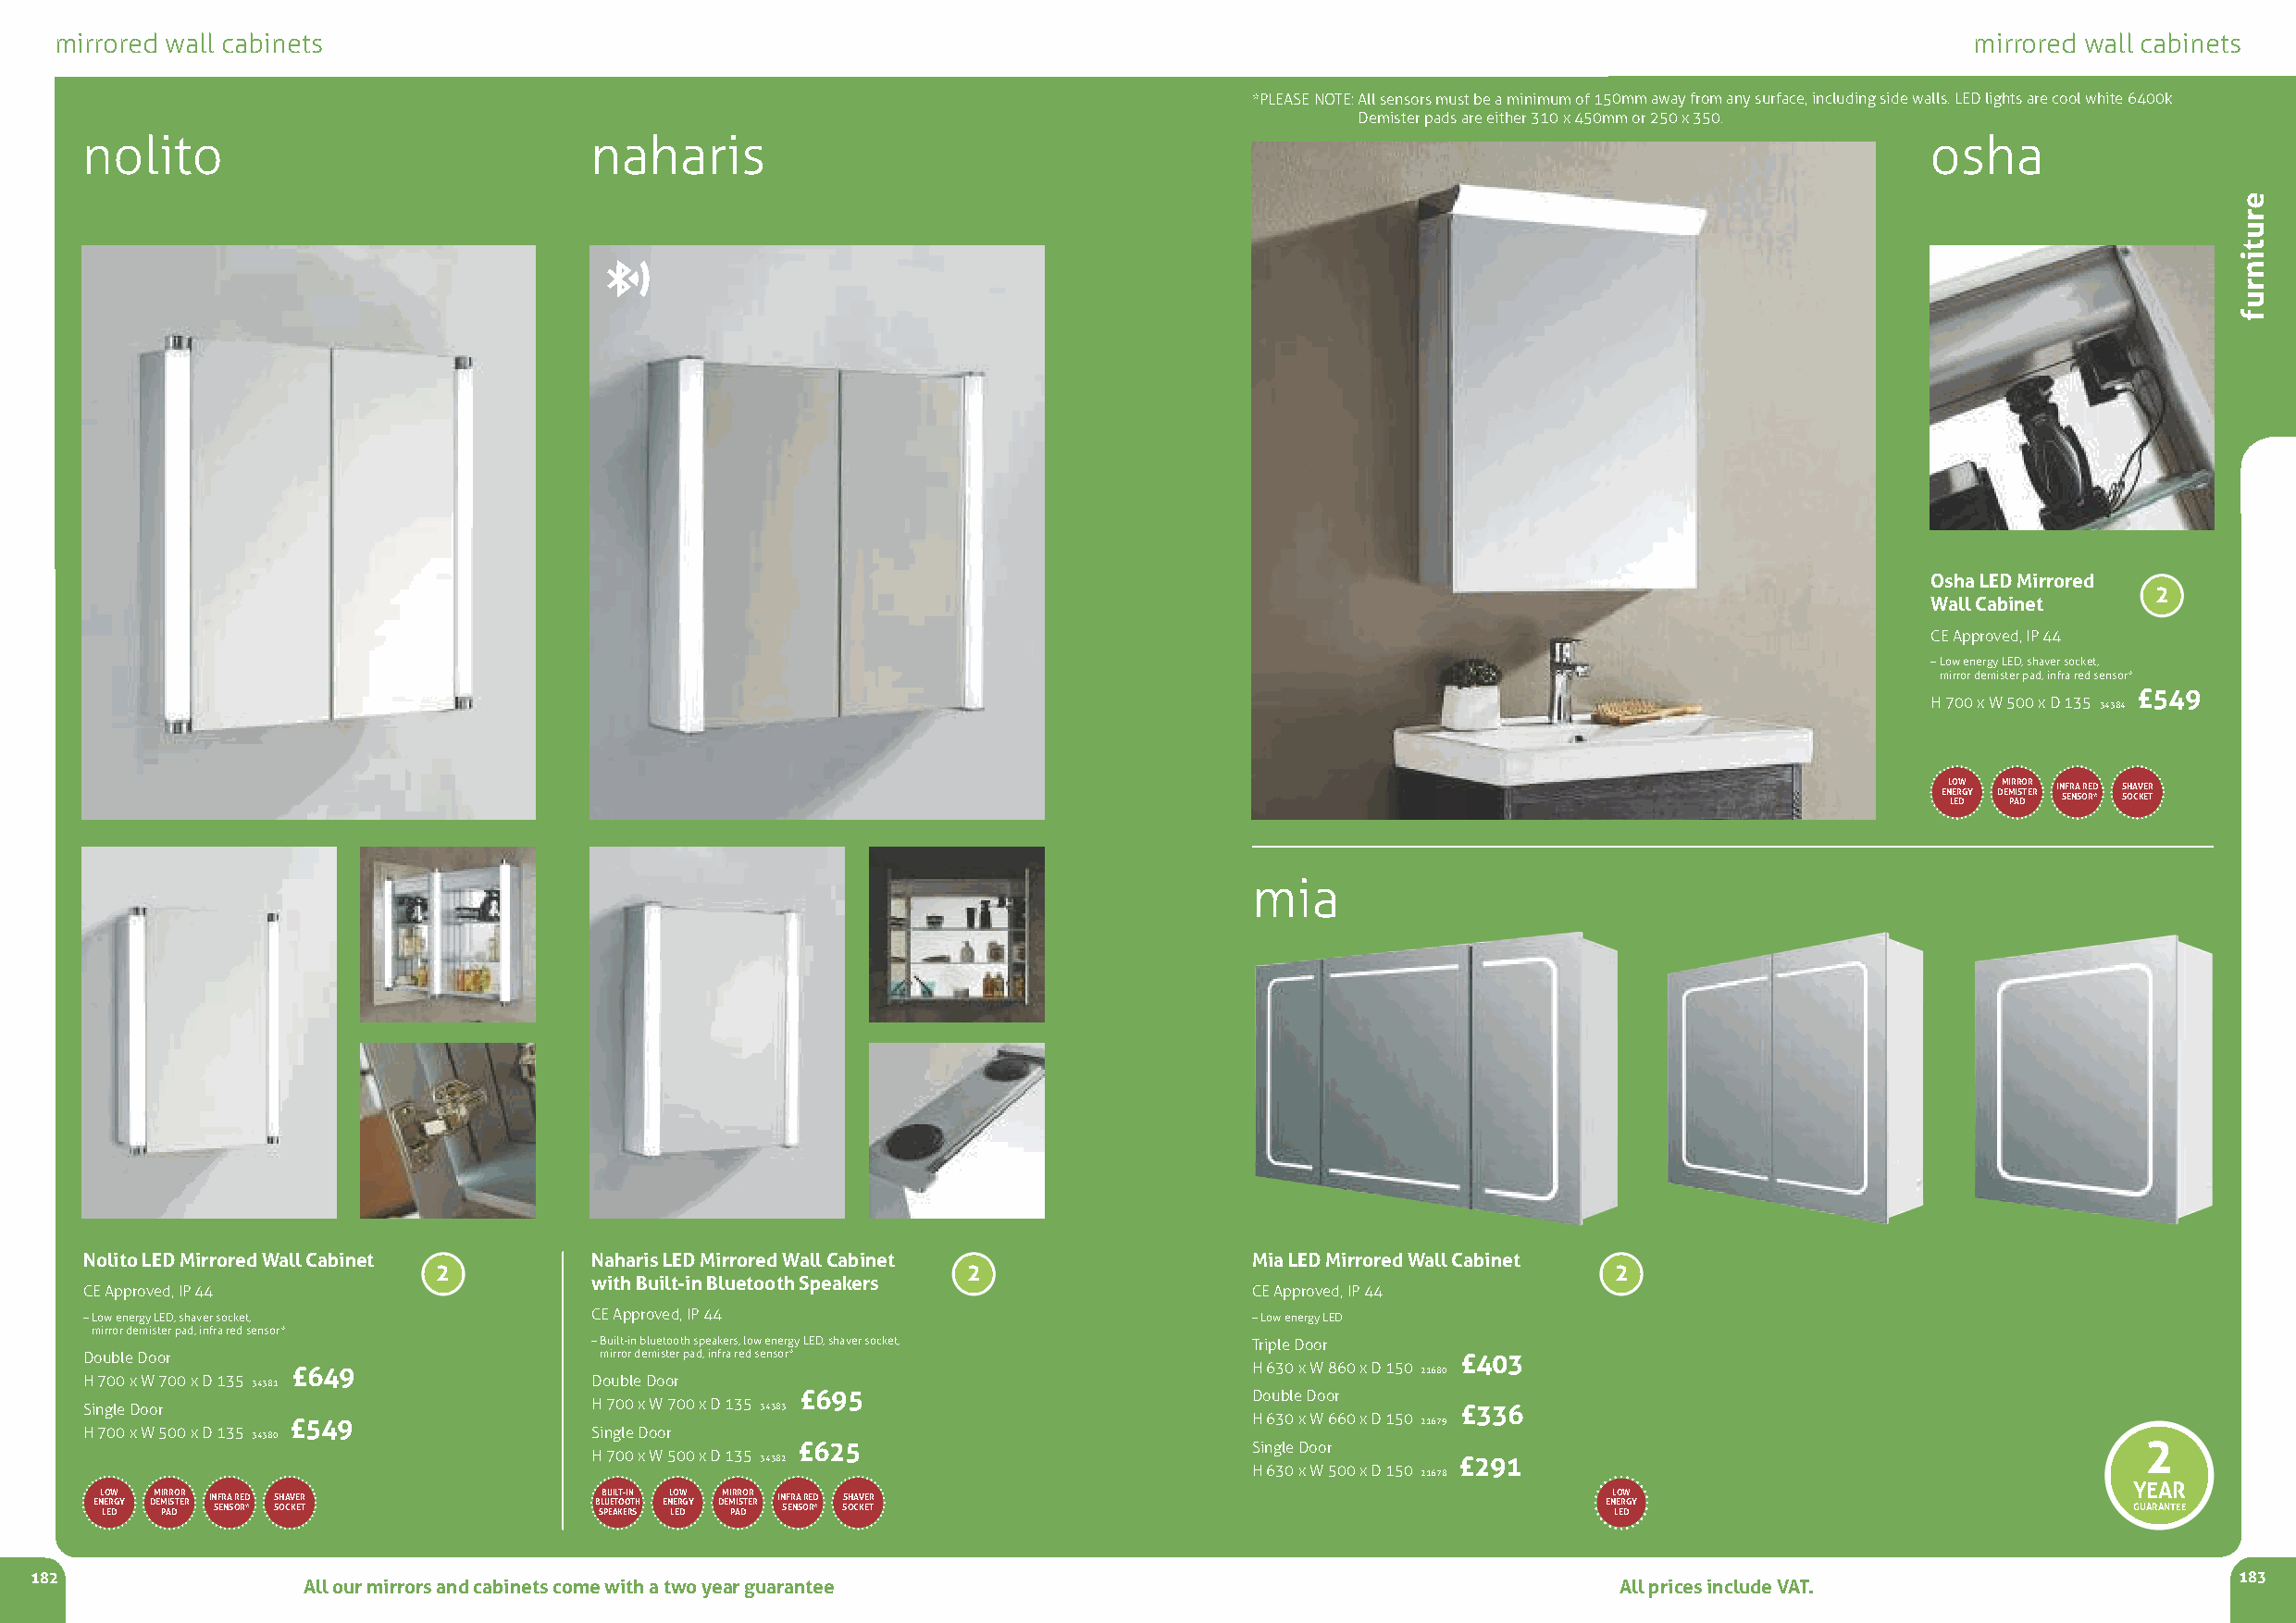
mirrored wall cabinets                                                                                                                   mirrored wall cabinets
 *PLEASE NOTE: All sensors must be a minimum of 150mm away from any surface, including side walls. LED lights are cool white 6400k
 Demister pads are either 310 x 450mm or 250 x 350.
 nolito                              naharis                                                                                         osha
 e
 r
 u
 t
 i
 n
 r
 u
 f
 Osha LED Mirrored
 2
 WallCabinet
 CE Approved, IP 44
 –Low energy LED, shaver socket,
 mirror demister pad, infra red sensor*
 £549
 H 700 x W 500 x D 135 34384
 ENL LEO ERW DG Y DM EMI PR AIR S DO TER R I *N SF ER NA S ORE RD * SS OHA CV KE ER T
 mia
 Nolito LED Mirrored WallCabinet     Naharis LED Mirrored WallCabinet                Mia LED Mirrored WallCabinet
 2                                     2                                             2
 with Built-in Bluetooth Speakers
 CE Approved, IP 44                                                                  CE Approved, IP 44
 –Low energy LED, shaver socket,     CE Approved, IP 44                              –Low energy LED
 mirror demister pad, infra red sensor*
 –Built-in bluetooth speakers, low energy LED, shaver socket, Triple Door
 Double Door                          mirror demister pad, infra red sensor*                       £403
 £649                                                                 H 630 x W 860 x D 150 21680
 H 700 x W 700 x D 135 34381         Double Door
 £695                             Double Door
 Single Door                         H 700 x W 700 x D 135 34383                                   £336
 £549                                                                 H 630 x W 660 x D 150 21679
 H 700 x W 500 x D 135 34380         Single Door    £625                             Single Door                                                    2
 H 700 x W 500 x D 135 34382                                   £291
 H 630 x W 500 x D 150 21678
 YEAR
 ENL LEO ERW DG Y DM EMI PR AIR S DO TER R I *N SF ER NA S ORE RD * SS OHA CV KE ER T B SLB PUU EEI ATL KT O- EOI RN T SH ENL LEO ERW DG Y DM EMI PR AIR S DO TER R I *N SF ER NA S ORE RD * SS OHA CV KE ER T ENL LEO ERW DG Y GUARANTEE
 182                                                                                                                                                           183
 All our mirrors and cabinets come with a two year guarantee                                   All prices include VAT.